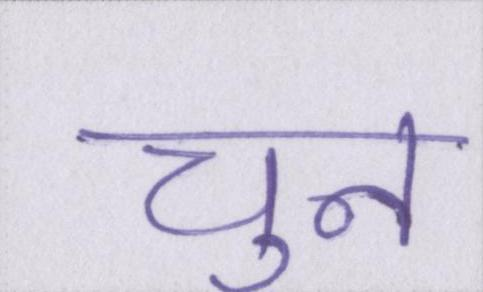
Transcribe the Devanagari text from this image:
चुन